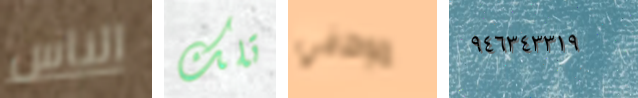
الناس تلك موظفي ٩٤٦٣٤٣٣١٩